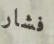
فشار